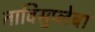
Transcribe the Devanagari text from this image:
ताविसुप्लेबा